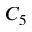
C _ { 5 }